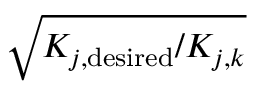
\sqrt { K _ { j , \mathrm { d e s i r e d } } / K _ { j , \boldsymbol { k } } }